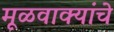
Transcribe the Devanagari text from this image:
मूळवाक्यांचे